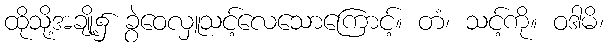
ထိုသို့အချို့၌ ခွဲဝေလှူသင့်လေသောကြောင့်။ တံ၊ သင့်ကို။ ဝဒါမိ၊